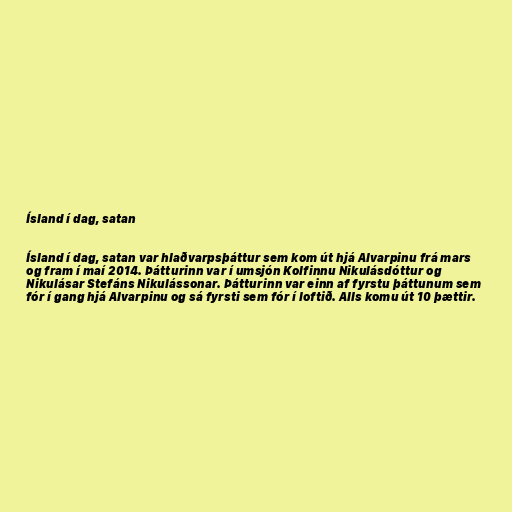
Ísland í dag, satan

Ísland í dag, satan var hlaðvarpsþáttur sem kom út hjá Alvarpinu frá mars
og fram í maí 2014. Þátturinn var í umsjón Kolfinnu Nikulásdóttur og
Nikulásar Stefáns Nikulássonar. Þátturinn var einn af fyrstu þáttunum sem
fór í gang hjá Alvarpinu og sá fyrsti sem fór í loftið. Alls komu út 10 þættir.